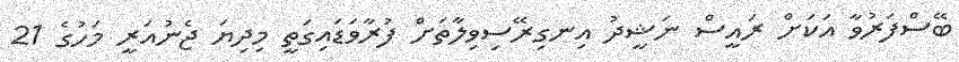
ބޭސްފަރުވާ އަކަށް ރައީސް ނަޝީދު އިނގިރޭސިވިލާތަށް ފުރާވަޑައިގަތީ މިދިޔަ ޖެނުއަރީ މަހުގެ 21